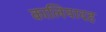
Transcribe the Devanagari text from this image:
कालियादह